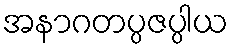
အနာဂတပ္ပဇပ္ပါယ